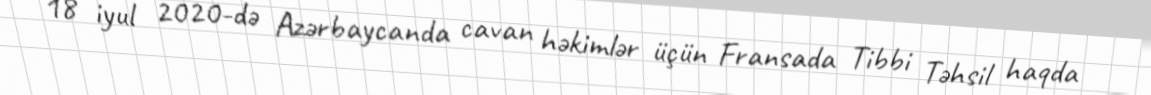
18 iyul 2020-də Azərbaycanda cavan həkimlər üçün Fransada Tibbi Təhsil haqda